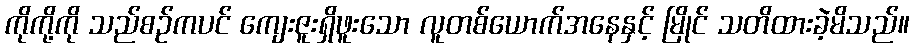
ကိုကို့ကို သည်စဉ်ကပင် ကျေးဇူးရှိဖူးသော လူတစ်ယောက်အနေနှင့် မြိုင် သတိထားခဲ့မိသည်။